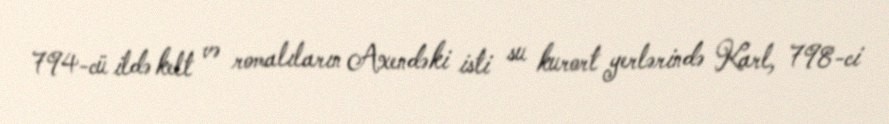
794-cü ildə kelt və romalıların Axendəki isti su kurort yerlərində Karl, 798-ci